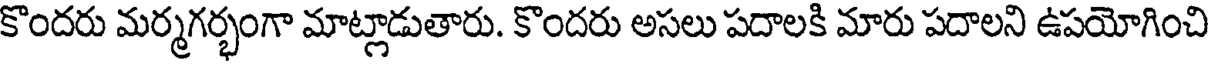
కొందరు మర్మగర్భంగా మాట్లాడుతారు. కొందరు అసలు పదాలకి మారు పదాలని ఉపయోగించి